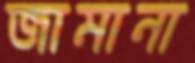
জামানা